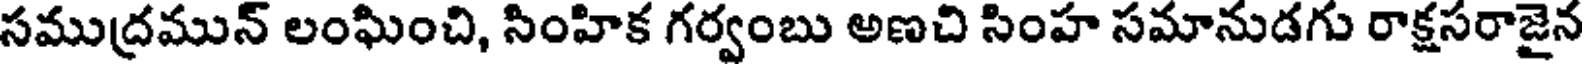
సముద్రమున్ లంఘించి, సింహిక గర్వంబు అణచి సింహ సమానుడగు రాక్షసరాజైన